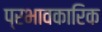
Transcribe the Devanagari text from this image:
प्रभावकारिक